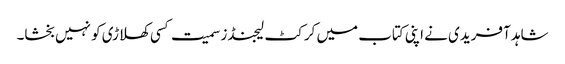
شاہد آفریدی نے اپنی کتاب میں کرکٹ لیجنڈز سمیت کسی کھلاڑی کو نہیں بخشا۔